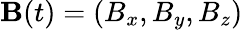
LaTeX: {\mathbf B}(t)=(B_{x},B_{y},B_{z})